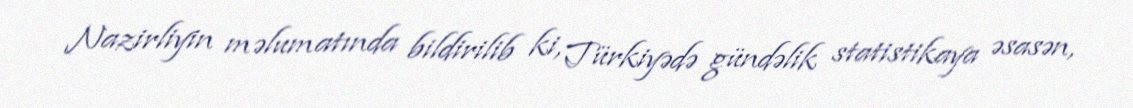
Nazirliyin məlumatında bildirilib ki, Türkiyədə gündəlik statistikaya əsasən,